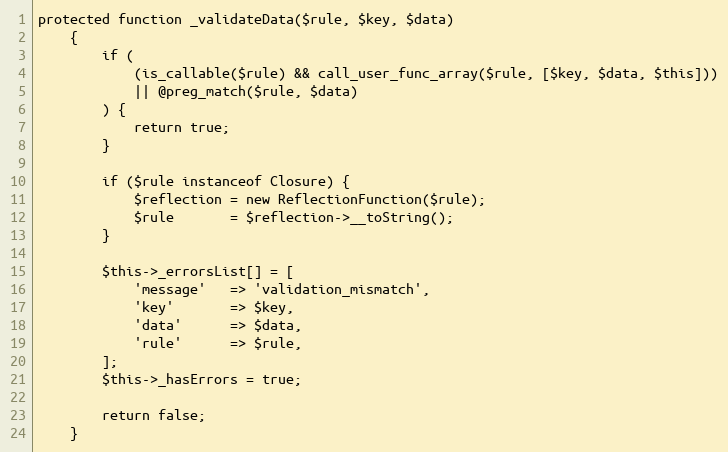
Language: PHP
protected function _validateData($rule, $key, $data)
    {
        if (
            (is_callable($rule) && call_user_func_array($rule, [$key, $data, $this]))
            || @preg_match($rule, $data)
        ) {
            return true;
        }

        if ($rule instanceof Closure) {
            $reflection = new ReflectionFunction($rule);
            $rule       = $reflection->__toString();
        }

        $this->_errorsList[] = [
            'message'   => 'validation_mismatch',
            'key'       => $key,
            'data'      => $data,
            'rule'      => $rule,
        ];
        $this->_hasErrors = true;

        return false;
    }